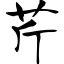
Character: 芹